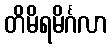
တိမိရမိင်္ဂလာ